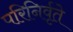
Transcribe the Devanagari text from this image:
परिनिर्वृते